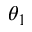
\theta _ { 1 }